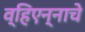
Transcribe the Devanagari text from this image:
व्हिएन्नाचे